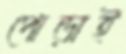
পোড়াই